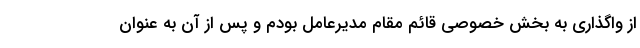
از واگذاری به بخش خصوصی قائم مقام مدیرعامل بودم و پس از آن به عنوان